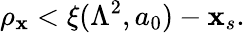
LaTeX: \rho_{\mathbf{x}}<\xi(\Lambda^{2},a_{0})-\mathbf{x}_{s}.